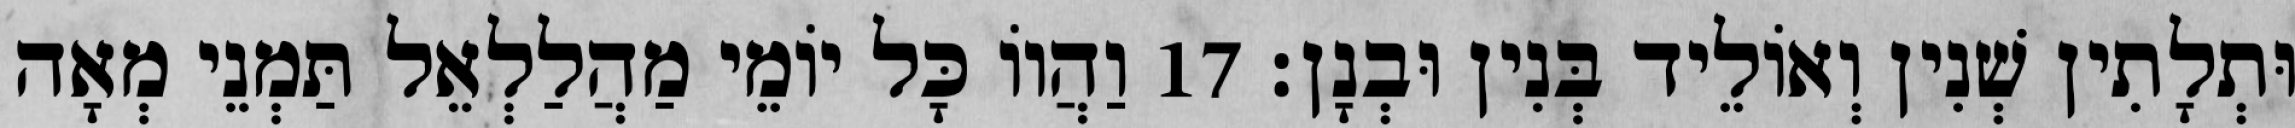
וּתְלָתִין שְׁנִין וְאוֹלֵיד בְּנִין וּבְנָן׃ 17 וַהֲווֹ כָּל יוֹמֵי מַהֲלַלְאֵל תַּמְנֵי מְאָה